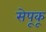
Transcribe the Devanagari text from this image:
सेपूकू